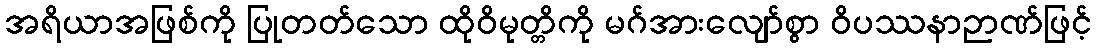
အရိယာအဖြစ်ကို ပြုတတ်သော ထိုဝိမုတ္တိကို မဂ်အားလျော်စွာ ဝိပဿနာဉာဏ်ဖြင့်